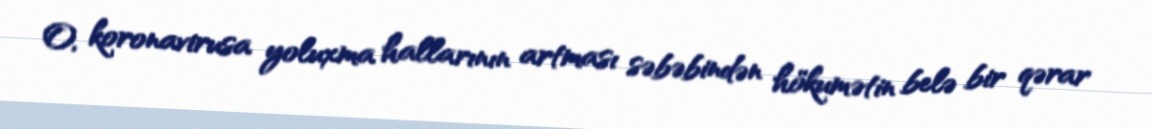
O, koronavirusa yoluxma hallarının artması səbəbindən hökumətin belə bir qərar